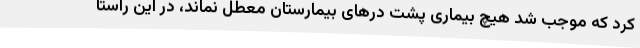
کرد که موجب شد هیچ بیماری پشت درهای بیمارستان معطل نماند، در این راستا